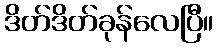
ဒိတ်ဒိတ်ခုန်လေပြီ။